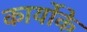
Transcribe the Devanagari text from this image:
कार्योके